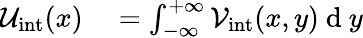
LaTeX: \begin{array}{rl}{\mathcal{U}_{\mathrm{int}}(x)}&{{}=\int_{-\infty}^{+\infty}\mathcal{V}_{\mathrm{int}}(x,y)\mathrm{~d~}y}\end{array}